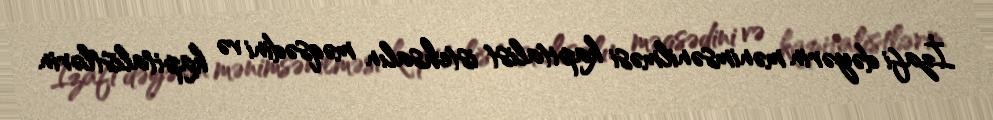
İzafi dəyərin mənimsənilməsi kapitalist istehsalın məqsədini və kapitalistlərin